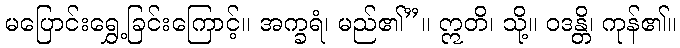
မပြောင်းရွှေ့ခြင်းကြောင့်။ အက္ခရံ၊ မည်၏”။ ဣတိ၊ သို့။ ဝဒန္တိ၊ ကုန်၏။